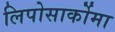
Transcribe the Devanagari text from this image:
लिपोसार्कोमा